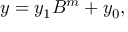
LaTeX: y = y _ { 1 } B ^ { m } + y _ { 0 } ,